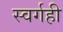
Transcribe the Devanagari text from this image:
स्वर्गही